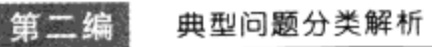
第二编 典型问题分类解析